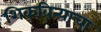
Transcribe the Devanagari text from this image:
शिकविन्याचा